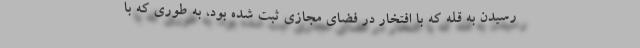
رسیدن به قله که با افتخار در فضای مجازی ثبت شده بود، به طوری که با